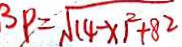
3 P = \sqrt { ( 4 - x ) ^ { 2 } + 8 ^ { 2 } }